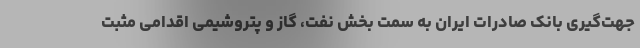
جهت‌گیری بانک صادرات ایران به سمت بخش نفت، گاز و پتروشیمی اقدامی مثبت